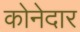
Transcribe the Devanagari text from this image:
कोनेदार